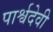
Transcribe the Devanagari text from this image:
पार्श्वदेवी